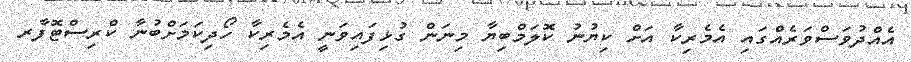
އެއްދުވަސްވަރެއްގައި އެމެރިކާ އަށް ކިޔުނު ކޮލަމްބިޔާ މިނަން ގުޅިފައިވަނީ އެމެރިކާ ހޯދިކަމަށްބުނާ ކްރިސްޓޮފާރ